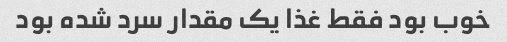
خوب بود فقط غذا یک مقدار سرد شده بود